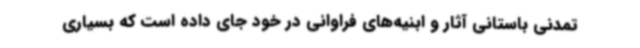
تمدنی باستانی آثار و ‌ابنیه‌های فراوانی در خود جای داده است که بسیاری